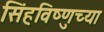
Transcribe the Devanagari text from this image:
सिंहविष्णुच्या